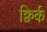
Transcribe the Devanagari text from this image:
क्विर्क